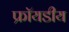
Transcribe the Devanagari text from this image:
फ्रॉयडीय